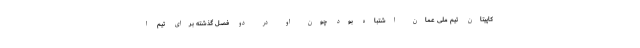
کاپیتان تیم ملی عمان اشتباه بود چون او در دو فصل گذشته برای تیم ا